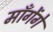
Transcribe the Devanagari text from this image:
माँगेंगे